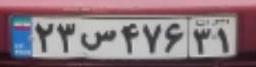
۲۳س۴۷۶۳۱